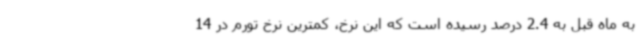
به ماه قبل به 2.4 درصد رسیده است که این نرخ، کمترین نرخ تورم در 14